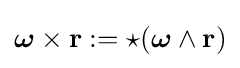
{\boldsymbol {\omega }}\times \mathbf {r} :={\star }({\boldsymbol {\omega }}\wedge \mathbf {r} )